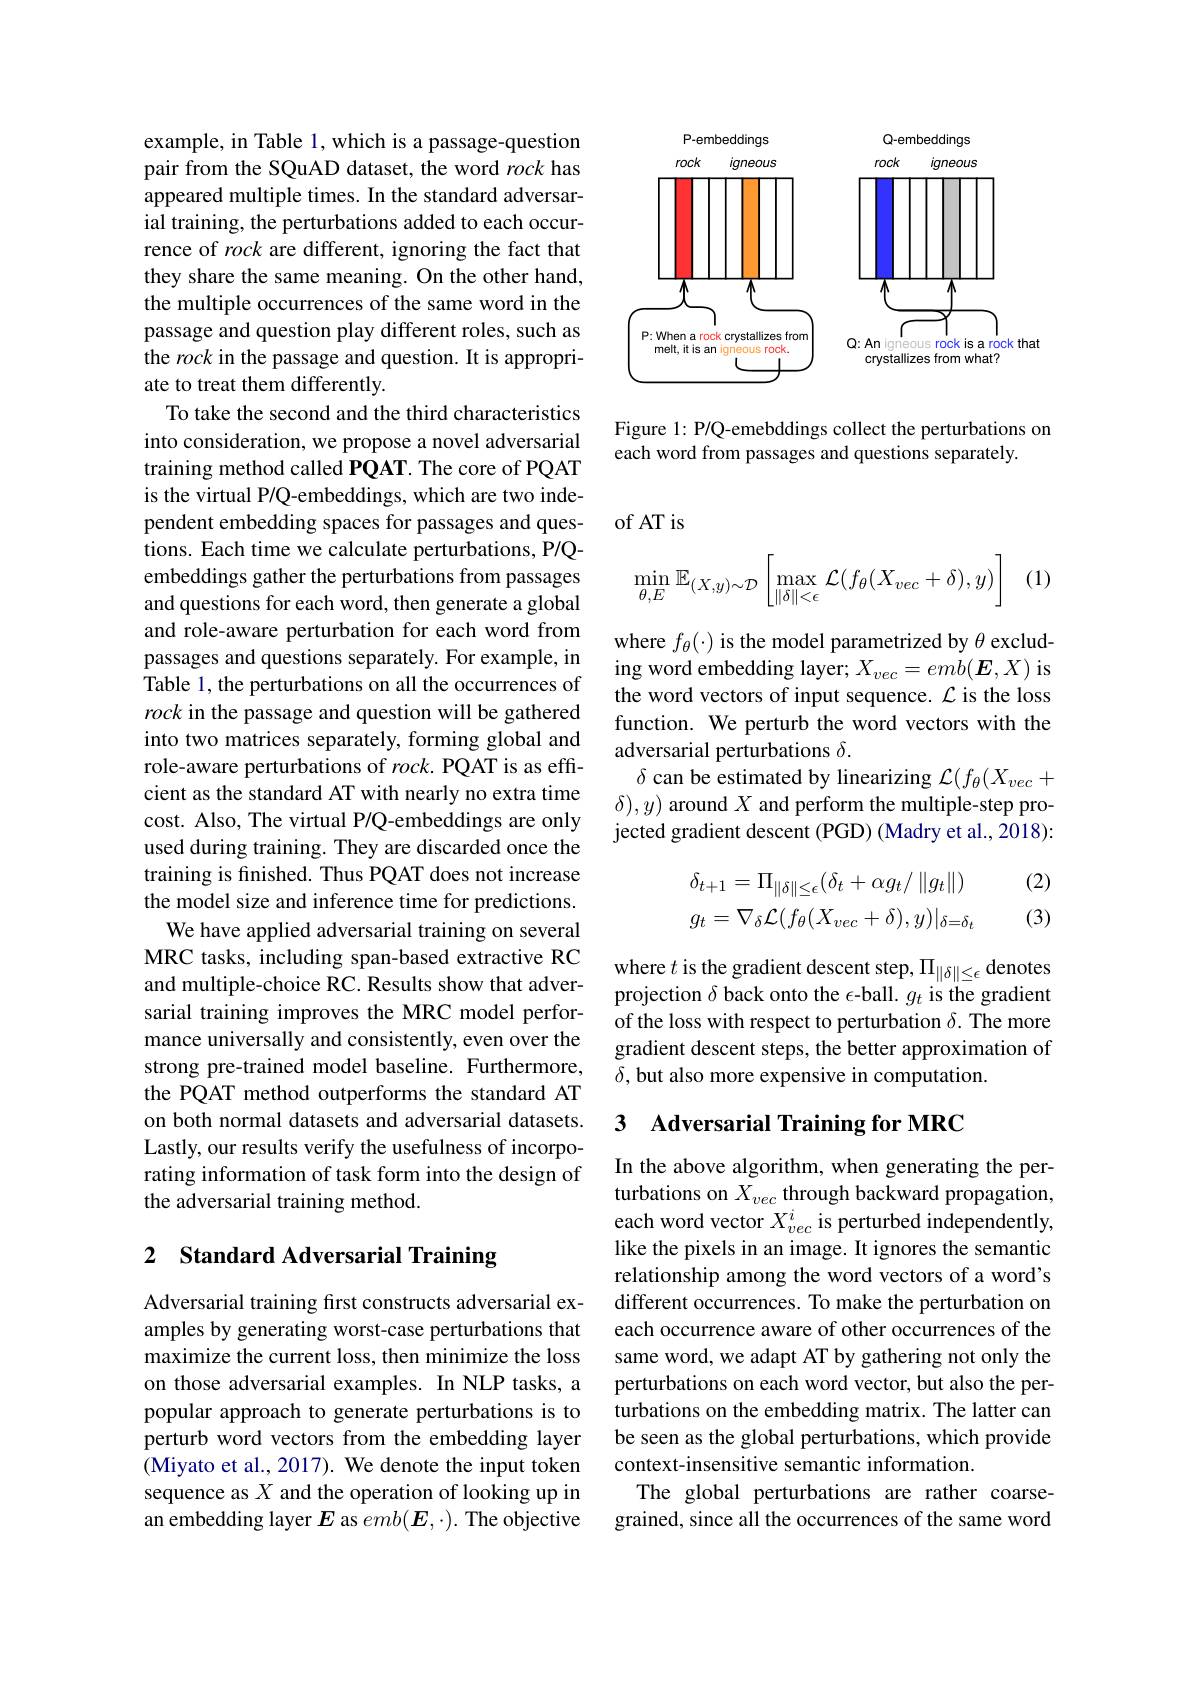
example, in Table 1, which is a passage-question pair from the SQuAD dataset, the word rock has appeared multiple times. In the standard adversarial training, the perturbations added to each occurrence of rock are different, ignoring the fact that they share the same meaning. On the other hand, the multiple occurrences of the same word in the passage and question play different roles, such as the rock in the passage and question. It is appropriate to treat them differently.
To take the second and the third characteristics into consideration, we propose a novel adversarial training method called PQAT. The core of PQAT is the virtual P/Q-embeddings, which are two independent embedding spaces for passages and questions. Each time we calculate perturbations, P/Qembeddings gather the perturbations from passages and questions for each word, then generate a global and role-aware perturbation for each word from passages and questions separately. For example, in Table 1, the perturbations on all the occurrences of rock in the passage and question will be gathered into two matrices separately, forming global and role-aware perturbations of $rock.$ PQAT is as effcient as the standard AT with nearly no extra time cost. Also, The virtual P/Q-embeddings are only used during training. They are discarded once the training is finished. Thus PQAT does not increase the model size and inference time for predictions.
We have applied adversarial training on several MRC tasks, including span-based extractive RC and multiple-choice RC. Results show that adversarial training improves the MRC model performance universally and consistently, even over the strong pre-trained model baseline. Furthermore, the PQAT method outperforms the standard AT on both normal datasets and adversarial datasets. Lastly, our results verify the usefulness of incorporating information of task form into the design of the adversarial training method.

## 2 Standard Adversarial Training

Adversarial training first constructs adversarial examples by generating worst-case perturbations that maximize the current loss, then minimize the loss on those adversarial examples. In NLP tasks, a popular approach to generate perturbations is to perturb word vectors from the embedding layer (Miyato et al., 2017). We denote the input token sequence as $X$ and the operation of looking up in an embedding layer $E$ as $emb(\boldsymbol{E},\cdot).$ The objective

<FigureHere>

Figure 1: P/Q-emebddings collect the perturbations on
each word from passages and questions separately.

of AT is
$$\min\limits_{\theta,E}\mathbb{E}_{(X,y)\sim\mathcal{D}}\begin{bmatrix}\max\limits_{\|\delta\|<\epsilon}\mathcal{L}(f_\theta(X_{vec}+\delta),y)\end{bmatrix}$$
(1)

where $f_\theta(\cdot)$ is the model parametrized by $\theta$ excluding word embedding layer; $X_vec=emb(\boldsymbol{E},X)$ is the word vectors of input sequence. $\mathcal{L}$ is the loss function. We perturb the word vectors with the adversarial perturbations $\delta.$
$\delta$ can be estimated by linearizing $\mathcal{L}(f_\theta(X_vec+$ $\delta),y)$ around $X$ and perform the multiple-step projected gradient descent (PGD) (Madry et al., 2018):

(2)
$$\delta_{t+1}=\Pi_{\|\delta\|\leq\epsilon}(\delta_{t}+\alpha g_{t}/\|g_{t}\|)\\g_{t}=\nabla_{\delta}\mathcal{L}(f_{\theta}(X_{vec}+\delta),y)|_{\delta=\delta_{t}}$$
(3)

where $t$ is the gradient descent step, $\Pi_\|\delta\|\leq\epsilon$ denotes projection $\delta$ back onto the $\epsilon$-ball. $g_t$ is the gradient of the loss with respect to perturbation $\delta.$ The more gradient descent steps, the better approximation of $\delta$, but also more expensive in computation.

# 3 Adversarial Training for MRC

In the above algorithm, when generating the perturbations on $X_vec$ through backward propagation, each word vector $X_{vec}^i$ is perturbed independently, like the pixels in an image. It ignores the semantic relationship among the word vectors of a word's different occurrences. To make the perturbation on each occurrence aware of other occurrences of the same word, we adapt AT by gathering not only the perturbations on each word vector, but also the perturbations on the embedding matrix. The latter can be seen as the global perturbations, which provide context-insensitive semantic information.
The global perturbations are rather coarsegrained, since all the occurrences of the same word